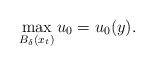
LaTeX: \begin{align*}\max_{B_\delta(x_t)} u_0=u_0(y).\end{align*}